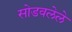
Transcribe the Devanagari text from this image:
सोडवलेले